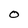
Character: O